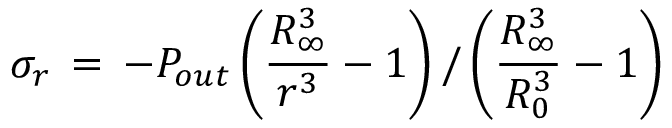
\sigma _ { r } \, = \, - P _ { o u t } \left( \frac { R _ { \infty } ^ { 3 } } { r ^ { 3 } } - 1 \right) / \left( \frac { R _ { \infty } ^ { 3 } } { R _ { 0 } ^ { 3 } } - 1 \right)